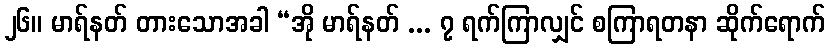
၂၆။ မာရ်နတ် တားသောအခါ “အို မာရ်နတ် ... ၇ ရက်ကြာလျှင် စကြာရတနာ ဆိုက်ရောက်